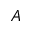
A